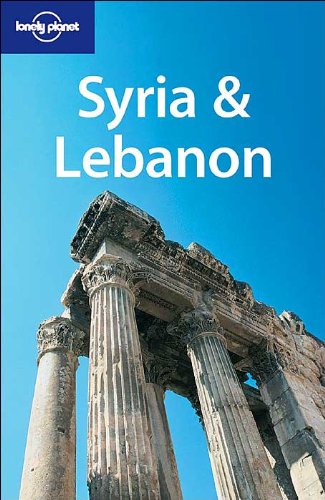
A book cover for Lonely Planet Syria & Lebanon (Multi Country Guide); Terry Carter; Travel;